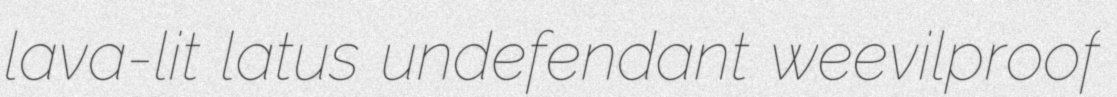
lava-lit latus undefendant weevilproof